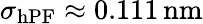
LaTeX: \sigma_{\mathrm{hPF}}\approx 0.111\, \mathrm{nm}